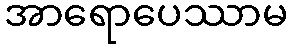
အာရောပေဿာမ